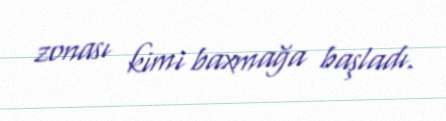
zonası kimi baxmağa başladı.